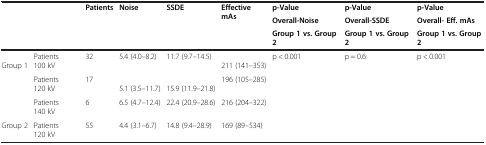
| <ROWSPAN=3>  | <ROWSPAN=3>  | <ROWSPAN=3> Patients | <ROWSPAN=3> Noise | <ROWSPAN=3> SSDE | <ROWSPAN=3> Effective mAs | p-Value | p-Value | p-Value |
 | Overall-Noise | Overall-SSDE | Overall- Eff. mAs |
 | Group 1 vs. Group 2 | Group 1 vs. Group 2 | Group 1 vs. Group 2 |
 | --- | --- | --- | --- | --- | --- | --- | --- | --- |
 | <ROWSPAN=3> Group 1 | Patients 100 kV | 32 | 5.4 (4.0–8.2) | 11.7 (9.7–14.5) | 211 (141–353) | <ROWSPAN=4> p < 0.001 | <ROWSPAN=4> p = 0.6 | <ROWSPAN=4> p < 0.001 |
 | Patients 120 kV | 17 | 5.1 (3.5–11.7) | 15.9 (11.9–21.8) | 196 (105–285) |
 | Patients 140 kV | 6 | 6.5 (4.7–12.4) | 22.4 (20.9–28.6) | 216 (204–322) |
 | Group 2 | Patients 120 kV | 55 | 4.4 (3.1–6.7) | 14.8 (9.4–28.9) | 169 (89–534) |